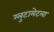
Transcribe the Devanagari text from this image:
ग्लुटामेटला